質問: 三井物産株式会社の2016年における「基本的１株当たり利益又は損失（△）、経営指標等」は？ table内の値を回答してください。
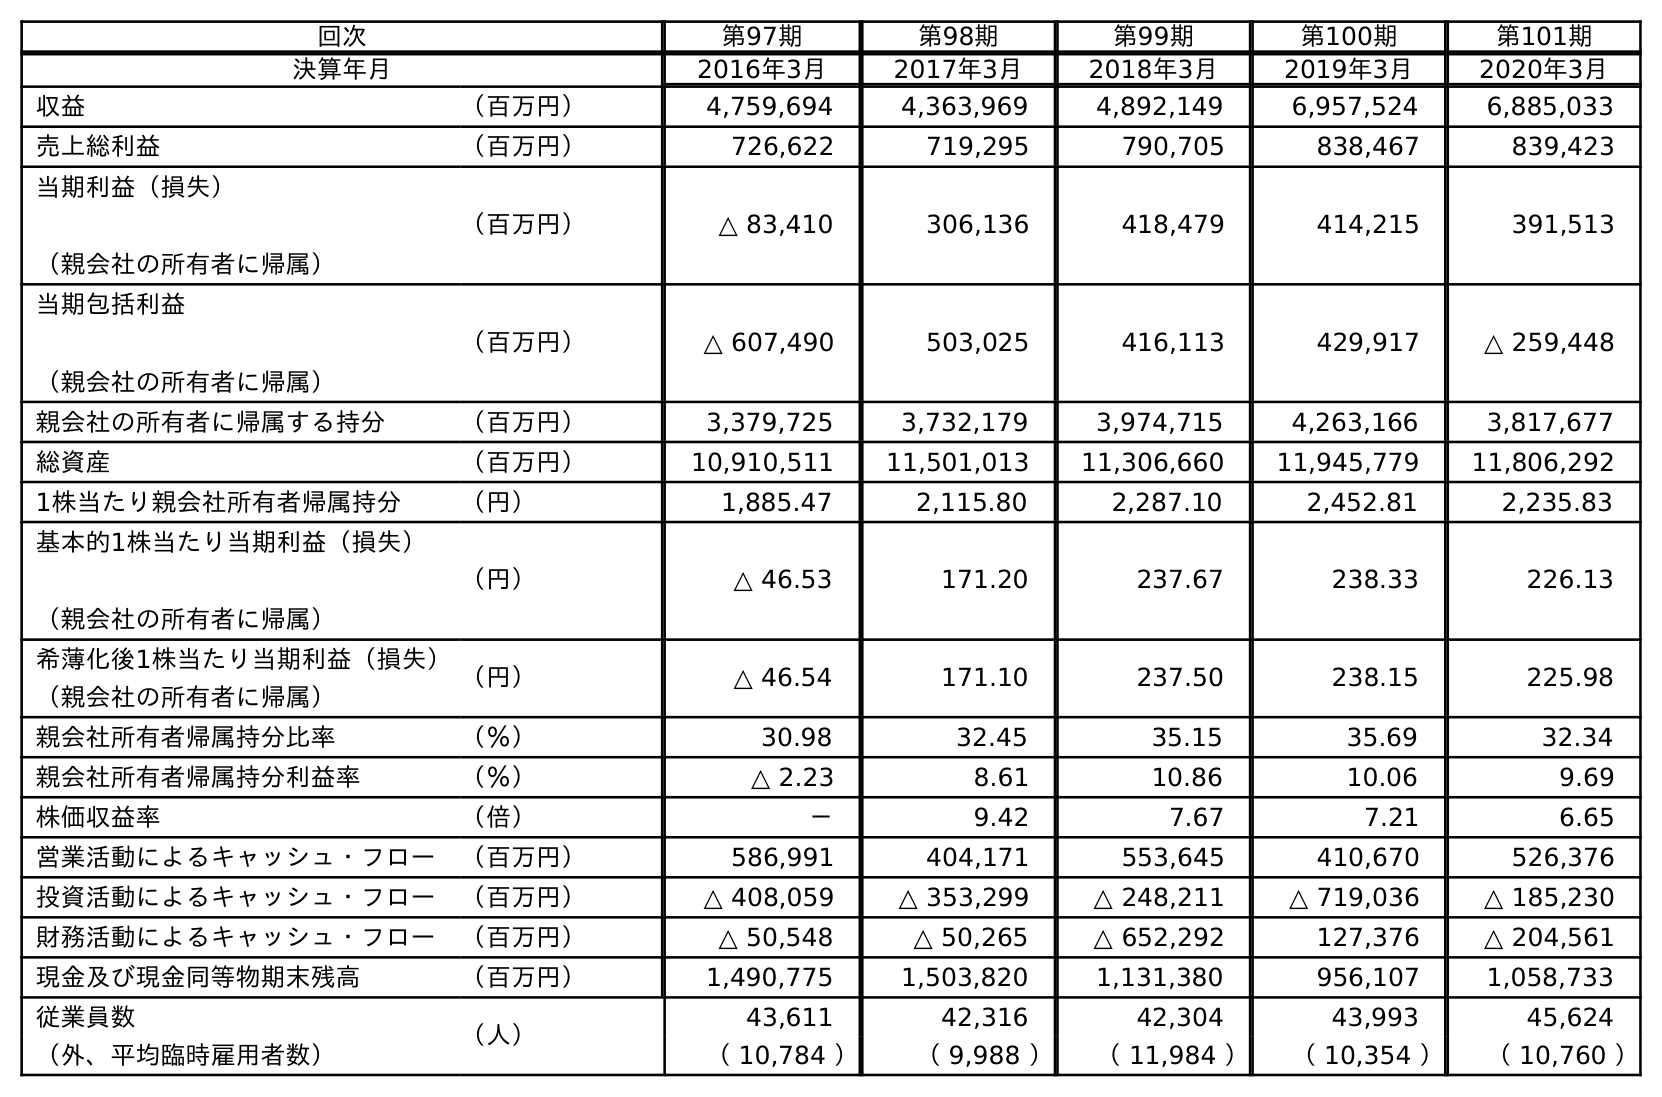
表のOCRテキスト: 回次 第97期 第98期 第99期 第100期 第101期 決算年月 2016年3月 2017年3月 2018年3月 2019年3月 2020年3月 収益 （百万円） 4,759,694 4,363,969 4,892,149 6,957,524 6,885,033 売上総利益 （百万円） 726,622 719,295 790,705 838,467 839,423 当期利益（損失） （親会社の所有者に帰属） （百万円） △ 83,410 306,136 418,479 414,215 391,513 当期包括利益 （親会社の所有者に帰属） （百万円） △ 607,490 503,025 416,113 429,917 △ 259,448 親会社の所有者に帰属する持分 （百万円） 3,379,725 3,732,179 3,974,715 4,263,166 3,817,677 総資産 （百万円） 10,910,511 11,501,013 11,306,660 11,945,779 11,806,292 1株当たり親会社所有者帰属持分 （円） 1,885.47 2,115.80 2,287.10 2,452.81 2,235.83 基本的1株当たり当期利益（損失） （親会社の所有者に帰属） （円） △ 46.53 171.20 237.67 238.33 226.13 希薄化後1株当たり当期利益（損失） （親会社の所有者に帰属） （円） △ 46.54 171.10 237.50 238.15 225.98 親会社所有者帰属持分比率 （％） 30.98 32.45 35.15 35.69 32.34 親会社所有者帰属持分利益率 （％） △ 2.23 8.61 10.86 10.06 9.69 株価収益率 （倍） － 9.42 7.67 7.21 6.65 営業活動によるキャッシュ・フロー （百万円） 586,991 404,171 553,645 410,670 526,376 投資活動によるキャッシュ・フロー （百万円） △ 408,059 △ 353,299 △ 248,211 △ 719,036 △ 185,230 財務活動によるキャッシュ・フロー （百万円） △ 50,548 △ 50,265 △ 652,292 127,376 △ 204,561 現金及び現金同等物期末残高 （百万円） 1,490,775 1,503,820 1,131,380 956,107 1,058,733 従業員数 （人） 43,611 42,316 42,304 43,993 45,624 （外、平均臨時雇用者数） （ 10,784 ） （ 9,988 ） （ 11,984 ） （ 10,354 ） （ 10,760 ）
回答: △46.53